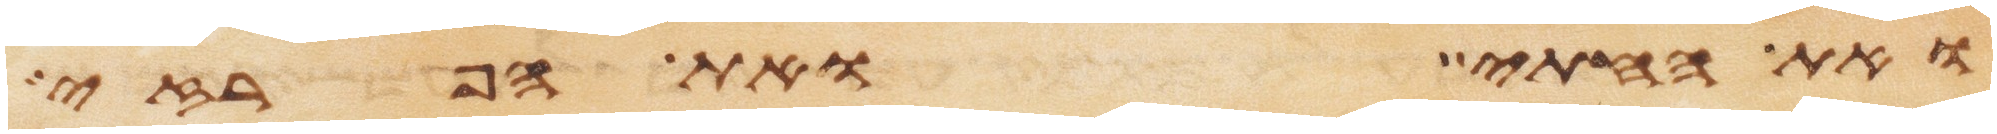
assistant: ואת החתי ואת הפרזי